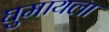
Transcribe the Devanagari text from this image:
घुमायला